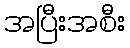
အပြီးအစီး